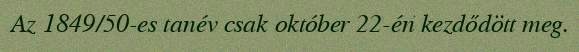
Az 1849/50-es tanév csak október 22-én kezdődött meg.